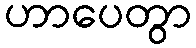
ဟာပေတွာ